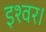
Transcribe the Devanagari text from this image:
इश्वर।